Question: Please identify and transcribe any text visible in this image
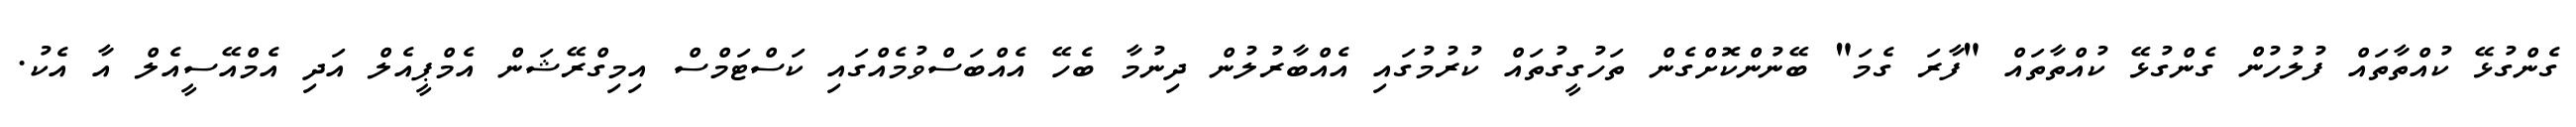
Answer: ގެންގުޅޭ ކުއްތާތައް ފުލުހުން ގެންގުޅޭ ކުއްތާތައް "ފާރަ ގެމަ" ބޭނުންކޮށްގެން ތަހުގީގުތައް ކުރުމުގައި އެއްބާރުލުން ދިނުމާ ބެހޭ އެއްބަސްވުމެއްގައި ކަސްޓަމްސް އިމިގްރޭޝަން އެމްޕީއެލް އަދި އެމްއޭސީއެލް އާ އެކު.